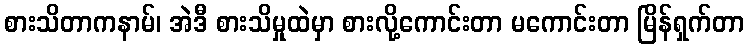
စားသိတာကနာမ်၊ အဲဒီ စားသိမှုထဲမှာ စားလို့ကောင်းတာ မကောင်းတာ မြိန်ရှက်တာ